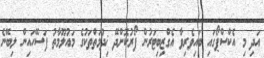
އަދި މި އެކްސްޕޯގައި ބައިވެރިވާ އެގްޒިބިޓަރުން ފޯރުކޮށްދޭ ޚިދުމަތްތަކުގެ މައުލޫމާތު ފަސޭހައިން ލިބޭނެ